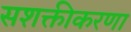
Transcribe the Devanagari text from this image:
सशक्तीकरणा